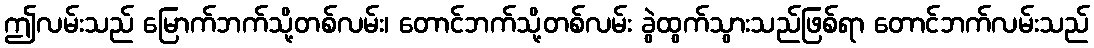
ဤလမ်းသည် မြောက်ဘက်သို့တစ်လမ်း၊ တောင်ဘက်သို့တစ်လမ်း ခွဲထွက်သွားသည်ဖြစ်ရာ တောင်ဘက်လမ်းသည်